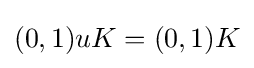
{\textstyle (0,1)uK=(0,1)K}